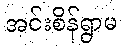
အင်းစိန်ရွာမ